Scottish assistants in French and German schools and colleges, 1938
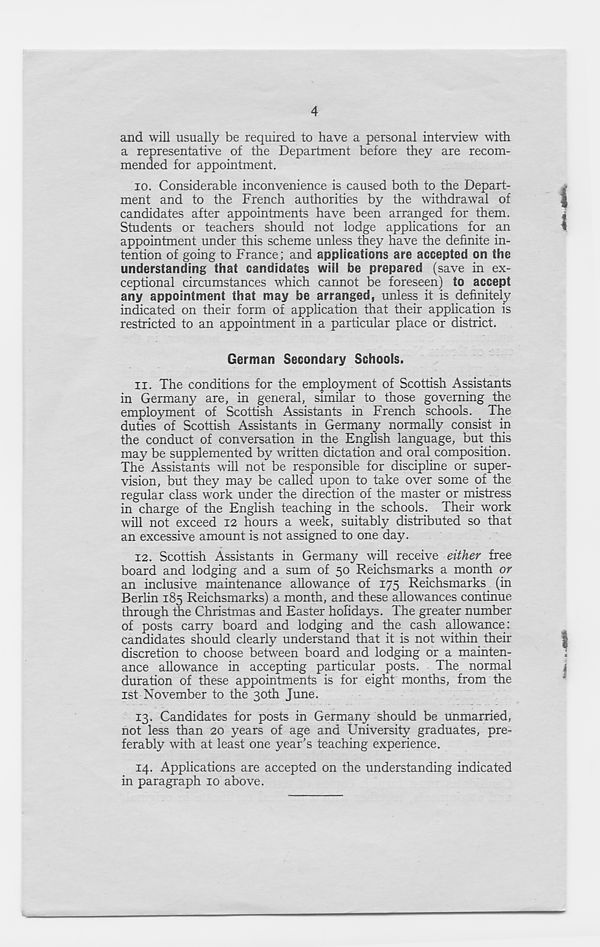
4
and will usually be required to have a personal interview with
a representative of the Department before they are recom-
mended for appointment.
10. Considerable inconvenience is caused both to the Depart-
ment and to the French authorities by the withdrawal of
candidates after appointments have been arranged for them.
Students or teachers should not lodge applications for an
appointment under this scheme unless they have the definite in-
tention of going to France; and applications are accepted on the
understanding that candidates will be prepared (save in ex-
ceptional circumstances which cannot be foreseen) to accept
any appointment that may be arranged, unless it is definitely
indicated on their form of application that their application is
restricted to an appointment in a particular place or district.
German Secondary Schools.
11. The conditions for the employment of Scottish Assistants
in Germany are, in general, similar to those governing the
employment of Scottish Assistants in French schools. The
duties of Scottish Assistants in Germany normally consist in
the conduct of conversation in the English language, but this
may be supplemented by written dictation and oral composition.
The Assistants will not be responsible for discipline or super-
vision, but they may be called upon to take over some of the
regular class work under the direction of the master or mistress
in charge of the English teaching in the schools. Their work
will not exceed 12 hours a week, suitably distributed so that
an excessive amount is not assigned to one day.
12. Scottish Assistants in Germany will receive either free
board and lodging and a sum of 50 Reichsmarks a month or
an inclusive maintenance allowance of 175 Reichsmarks (in
Berlin 185 Reichsmarks) a month, and these allowances continue
through the Christmas and Easter holidays. The greater number
of posts carry board and lodging and the cash allowance:
candidates should clearly understand that it is not within their
discretion to choose between board and lodging or a mainten-
ance allowance in accepting particular posts. The normal
duration of these appointments is for eight months, from the
1st November to the 30th June.
13. Candidates for posts in Germany should be unmarried,
not less than 20 years of age and University graduates, pre-
ferably with at least one year’s teaching experience.
14. Applications are accepted on the understanding indicated
in paragraph 10 above.